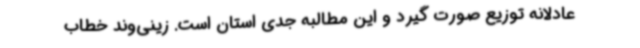
عادلانه توزیع صورت گیرد و این مطالبه جدی استان است. زینی‌وند خطاب